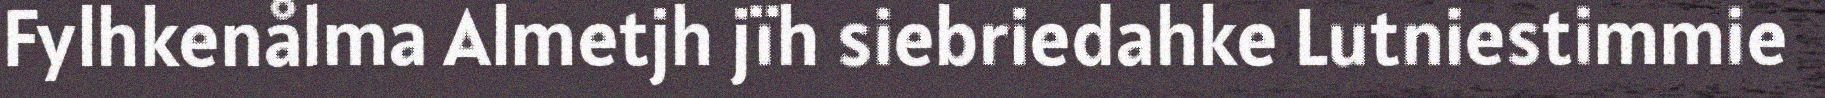
Fylhkenålma Almetjh jïh siebriedahke Lutniestimmie